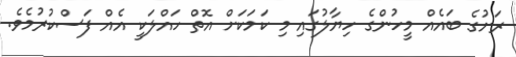
ރަށުގެ ބައެއް މީހުންގެ ހިޔާލުގައި މި ކަމަކަށް އޮތް ހައްލަކީ އެއް ފަސްކުރުމެވެ.